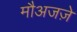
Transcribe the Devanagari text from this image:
मौअजज़े